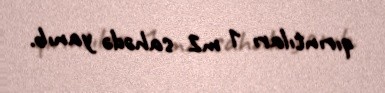
qırıntıları 1 m2 sahədə yanıb.